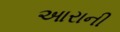
આરાની